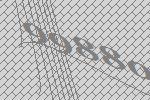
99880